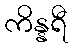
ကိန္နရီ